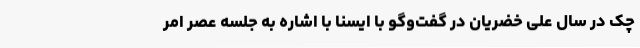
چک در سال علی خضریان در گفت‌وگو با ایسنا با اشاره به جلسه عصر امر